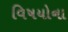
વિષયોના